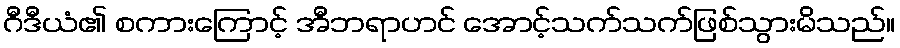
ဂီဒီယံ၏ စကားကြောင့် အီဘရာဟင် အောင့်သက်သက်ဖြစ်သွားမိသည်။